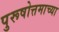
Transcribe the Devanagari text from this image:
पुरूषोत्तमाच्या